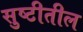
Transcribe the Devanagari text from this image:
सुष्टीतील